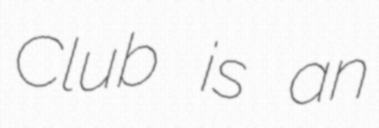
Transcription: Club is an